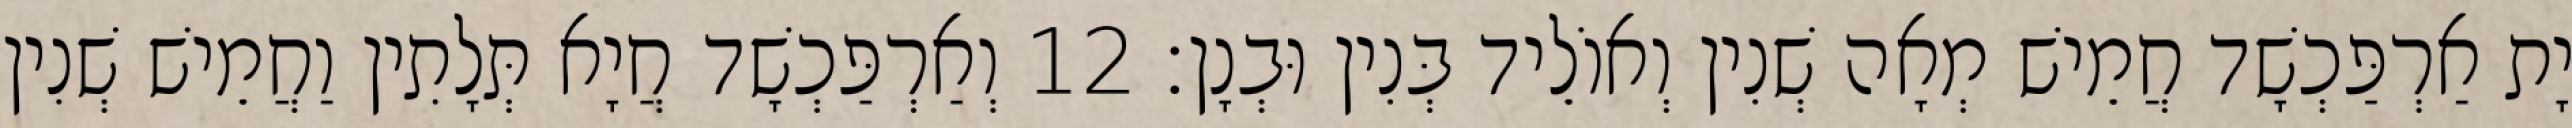
יָת אַרְפַּכְשָׁד חֲמֵישׁ מְאָה שְׁנִין וְאוֹלֵיד בְּנִין וּבְנָן׃ 12 וְאַרְפַּכְשָׁד חֲיָא תְּלָתִין וַחֲמֵישׁ שְׁנִין